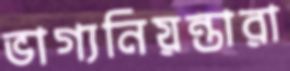
ভাগ্যনিয়ন্তারা